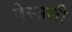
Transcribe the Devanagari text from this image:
वेस्सली